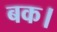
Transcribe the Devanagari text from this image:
बक।